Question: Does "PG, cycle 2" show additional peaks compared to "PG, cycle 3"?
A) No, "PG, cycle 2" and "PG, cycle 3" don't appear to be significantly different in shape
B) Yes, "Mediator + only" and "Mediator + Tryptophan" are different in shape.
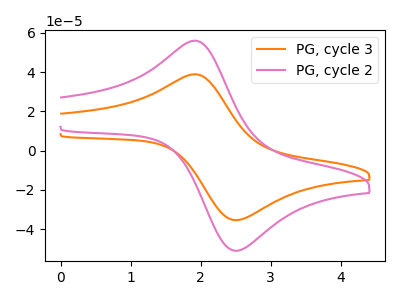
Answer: <think>The orange curve "PG, cycle 3" has an anodic peak at (1.90V, 38.85uA) and a cathodic peak at (2.55V, -35.35uA). The pink curve "PG, cycle 2" has an anodic peak at (1.90V, 55.95uA) and a cathodic peak at (2.55V, -50.90uA).
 All the peaks in "PG, cycle 2" have a peak in "PG, cycle 3" at the same potential. Every peak in "PG, cycle 2" is higher than every peak in "PG, cycle 3".</think>
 <answer>A) No, "PG, cycle 2" and "PG, cycle 3" don't appear to be significantly different in shape</answer>
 <eval>A</eval>